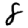
Digit: 8